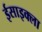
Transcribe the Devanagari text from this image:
ईसाइक्ला